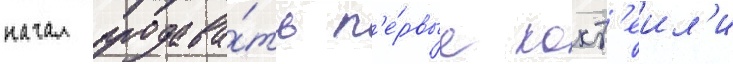
начал продава́ть п'е́рвые кокт'еил'и